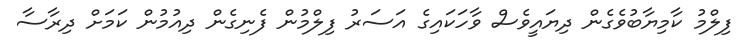
ފިލްމު ކާމިޔާބުވެގެން ދިޔައީވެސް ވާހަކައިގެ އަސަރު ފިލްމުން ފެނިގެން ދިއުމުން ކަމަށް ދިރާސާ